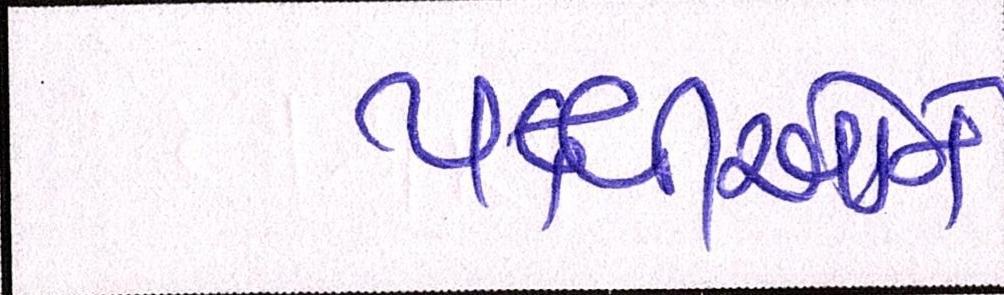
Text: પક્ષીઓને